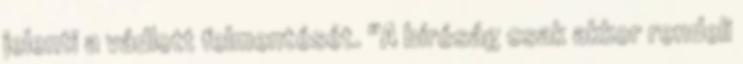
jelenti a vádlott felmentését. "A bíróság csak akkor rendeli